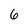
Character: 6